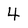
Character: 4